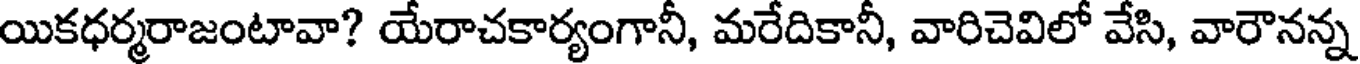
యికధర్మరాజంటావా? యేరాచకార్యంగానీ, మరేదికానీ, వారిచెవిలో వేసి, వారౌనన్న